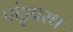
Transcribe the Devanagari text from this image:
पांडुप्रस्थ